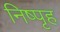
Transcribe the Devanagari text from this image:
निष्पृह